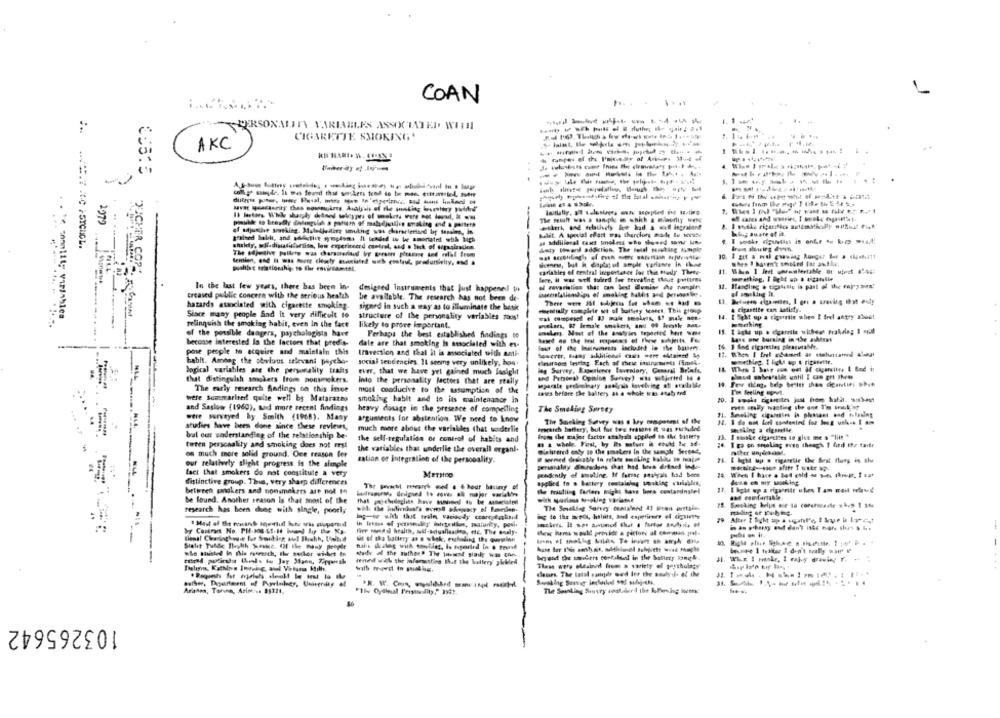
COAN
PERSONALITY VARIABLES ASSOCIATED WITH
CIGARETTE SMOKING'
-----------
AKCI
---------
pisuble to brayfly dolingulch a panem of maladjulien smoking and a parters
1979
balog aware of it.
shukdy, well-dinatifansisa, low experiteerd control, and . lack of upagizlice
as additional cases solms who showed son Un.
brun slowing down.
When I haven't smoked for axflw.
psalthe triationshy, to Shr encirsamtet.
carlables of central ineportance los thia thedy There-
"YICHER COP".
In the last few years, there has been in-
designed instruments that Just happened to
-----
12. Handling a tiglithe is part of the fairysen!
creased public concern with the serious health
be available. The research has not been de-
hazards associated with cigarette smoking.
signed in such a way as to illuminate the bask
ficareite can Jofisty.
Since many people find it very difficult to
structure of the personality variables poos!
14. I Echt up a cigarette when ! frel antry about
relinquish the smoking habit, even in the face
likely to prove important.
of the possible daagers, psychologists have
Perhaps the best established findings to
Save one burning in the autres
becoase interested in the factors that predis-
dale are that smoking Is associated with es-
16. 1 And cigarestes pleasurable.
pose people to acquire and maintain this
Imression and that It is associated with ami-
-re ----- -
habit. Amdag the obvious selevant psycho-
social tendencies 11 seems very unlikely, hos.
logical variables are the personality traits
eier, that we have yet gained much lanight
that distinguish smokers from nonsmokers.
Into the personality factors that are really
and Personal Opinion Survey) was sobjerted Io .
The early research Andings on this inee
sparate preliminary analyals lavelvieg of stadalle
19. Fer thing. help Seilet than dieanties eheh
most conducive to the assumption of the
sases before the battery as a whole was atab and
I'm feeling egnet.
were Somparler! quite well by Matarazzo
smoking habit and to its maintenance in
and Saslow (1960), and more recent findings
heavy dosage in the presence of compelling
The Smoking Sartey
were surveyed hy Smith (1968). Many
11. Seeking cigaretins is pleasant and hlaing
arguments for abstention. We need to know
The Smoking Savry was o key mogenmi of the
studies have been done since these revleurs,
much more about the variables that underlie
tparaich buffery, but for toe teatons it was eurided
asking a cigarette.
bal our saderstanding of the relationship be-
the self-regulation of control of habits and
from the cajer factor stalyals applied is the bariery
23. I sonke cigarettes 40 give me s "lite "*
teten personality and smoking does not ersl
m a whele. First, by its matur i could tu af-
24. 1 ga on smoking even theach I find the taitr
the variables that underlie the overall organi.
Wialitered enby se the smakers In the sample Seetad,
on much more solid ground. One reason for
zation or Integraline of the personality.
W seemed desirable la relate smoking balls to meajoe
25 & hgh up . cigarette the Sest flung in the
our relatively slight progress is the simple
personality @mrarlas that had bous drisel inde-
fact that smokers do not constitule a very
Merstoo
pendentiy of smotine. If ferier stabpas had bons
distinctive group. Thus, very sharp differences
between smokers and sonsmakers are not to
the trauliing farten might tuve bors contaninslel
be found. Another season is that most of the
research has been done with single, poorly
to the atos, halls, and experience el digainter
79 After I Sykt up a uganl'e, 1 1rue in komcit
whe stisted in this roomich, the sartor wideet in
..-
beyond the sabers cortalead in the battery ponga
fened with the infarassting that the lottery gkkled
Tless werg elesinved from a variety of peychology
cours. The latal paringde wird Ier the souly's- of the
Araten, Torunn, Arim/ .. $5321.
The Souling Surry coulderd the KoParsing isen
-
103265642